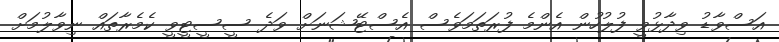
އަސްވާޑު ވިދާޅުވީ ފުލުހުން އެންމެ ފުރަތަމަވެސް އެސްޓޭޝަނަށް ވަދެ ސީސީޓީވީ ކެމެރާތައް ނިވާލުމަށް